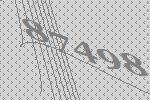
87498